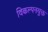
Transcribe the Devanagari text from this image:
विकल्पनयुक्त